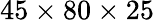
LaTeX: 45\times 80\times 25